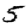
Digit: 5